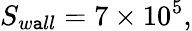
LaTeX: S_{w\mathtt{a}ll}=7\times10^{5},